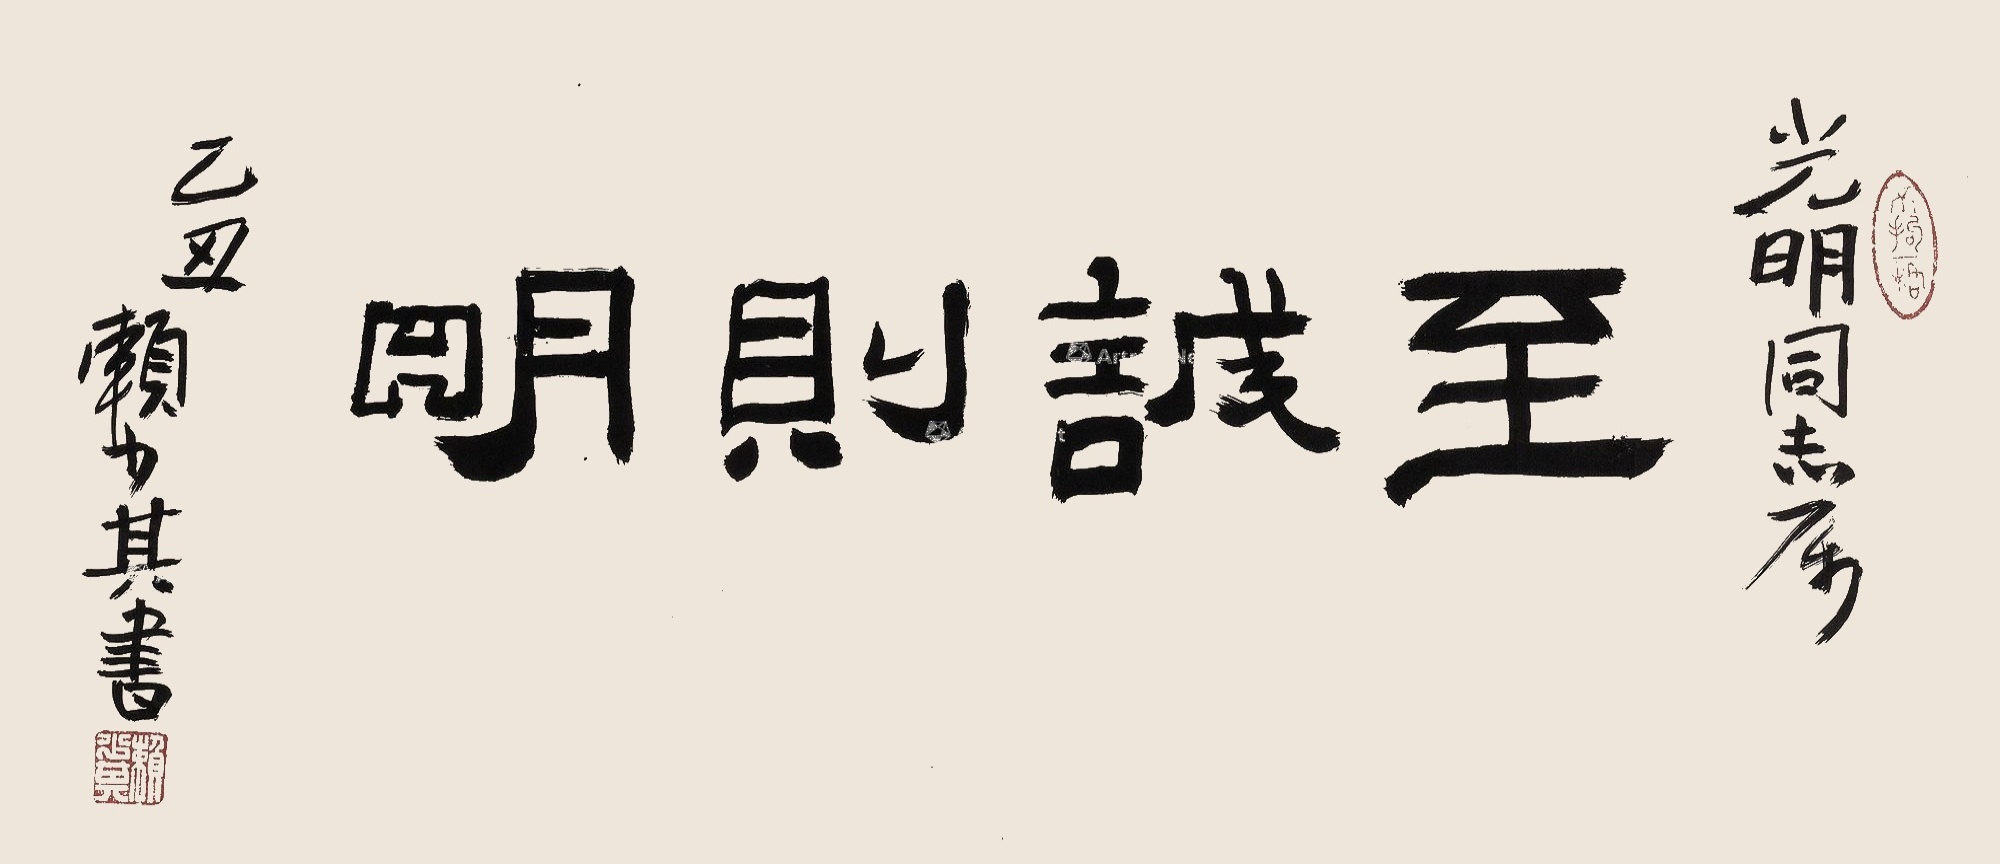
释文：至诚则明。光明同志属。乙丑，赖少其书。